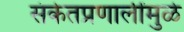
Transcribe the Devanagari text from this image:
संकेतप्रणालींमुळे